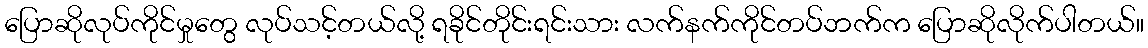
ပြောဆိုလုပ်ကိုင်မှုတွေ လုပ်သင့်တယ်လို့ ရခိုင်တိုင်းရင်းသား လက်နက်ကိုင်တပ်ဘက်က ပြောဆိုလိုက်ပါတယ်။